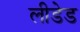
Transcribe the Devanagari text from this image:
लीडेड